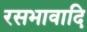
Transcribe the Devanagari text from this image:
रसभावादि